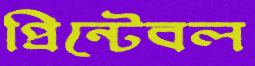
প্রিন্টেবল